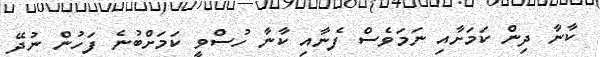
ކާނާ ދިން ކަމަށާއި ނަމަވެސް ފެނާއި ކާނާ ހުސްވީ ކަމަށްބުނެ ފަހުން ނުދޭ